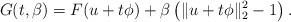
LaTeX: \begin{align*} G(t,\beta) = F(u+t\phi) + \beta \left(\|u+t\phi\|_2^2 -1\right). \end{align*}